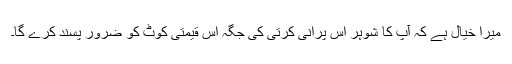
میرا خیال ہے کہ آپ کا شوہر اس پرانی کرتی کی جگہ اس قیمتی کوٹ کو ضرور پسند کرے گا۔